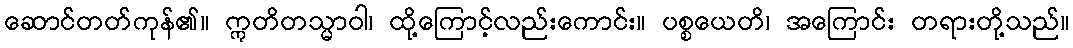
ဆောင်တတ်ကုန်၏။ ဣတိတသ္မာဝါ၊ ထို့ကြောင့်လည်းကောင်း။ ပစ္စယေတိ၊ အကြောင်း တရားတို့သည်။